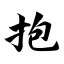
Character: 抱